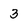
Character: 3